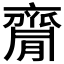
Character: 𪗇